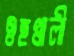
ওছখালী